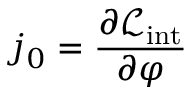
j _ { 0 } = { \frac { \partial { \mathcal { L } } _ { \mathrm { i n t } } } { \partial \varphi } }